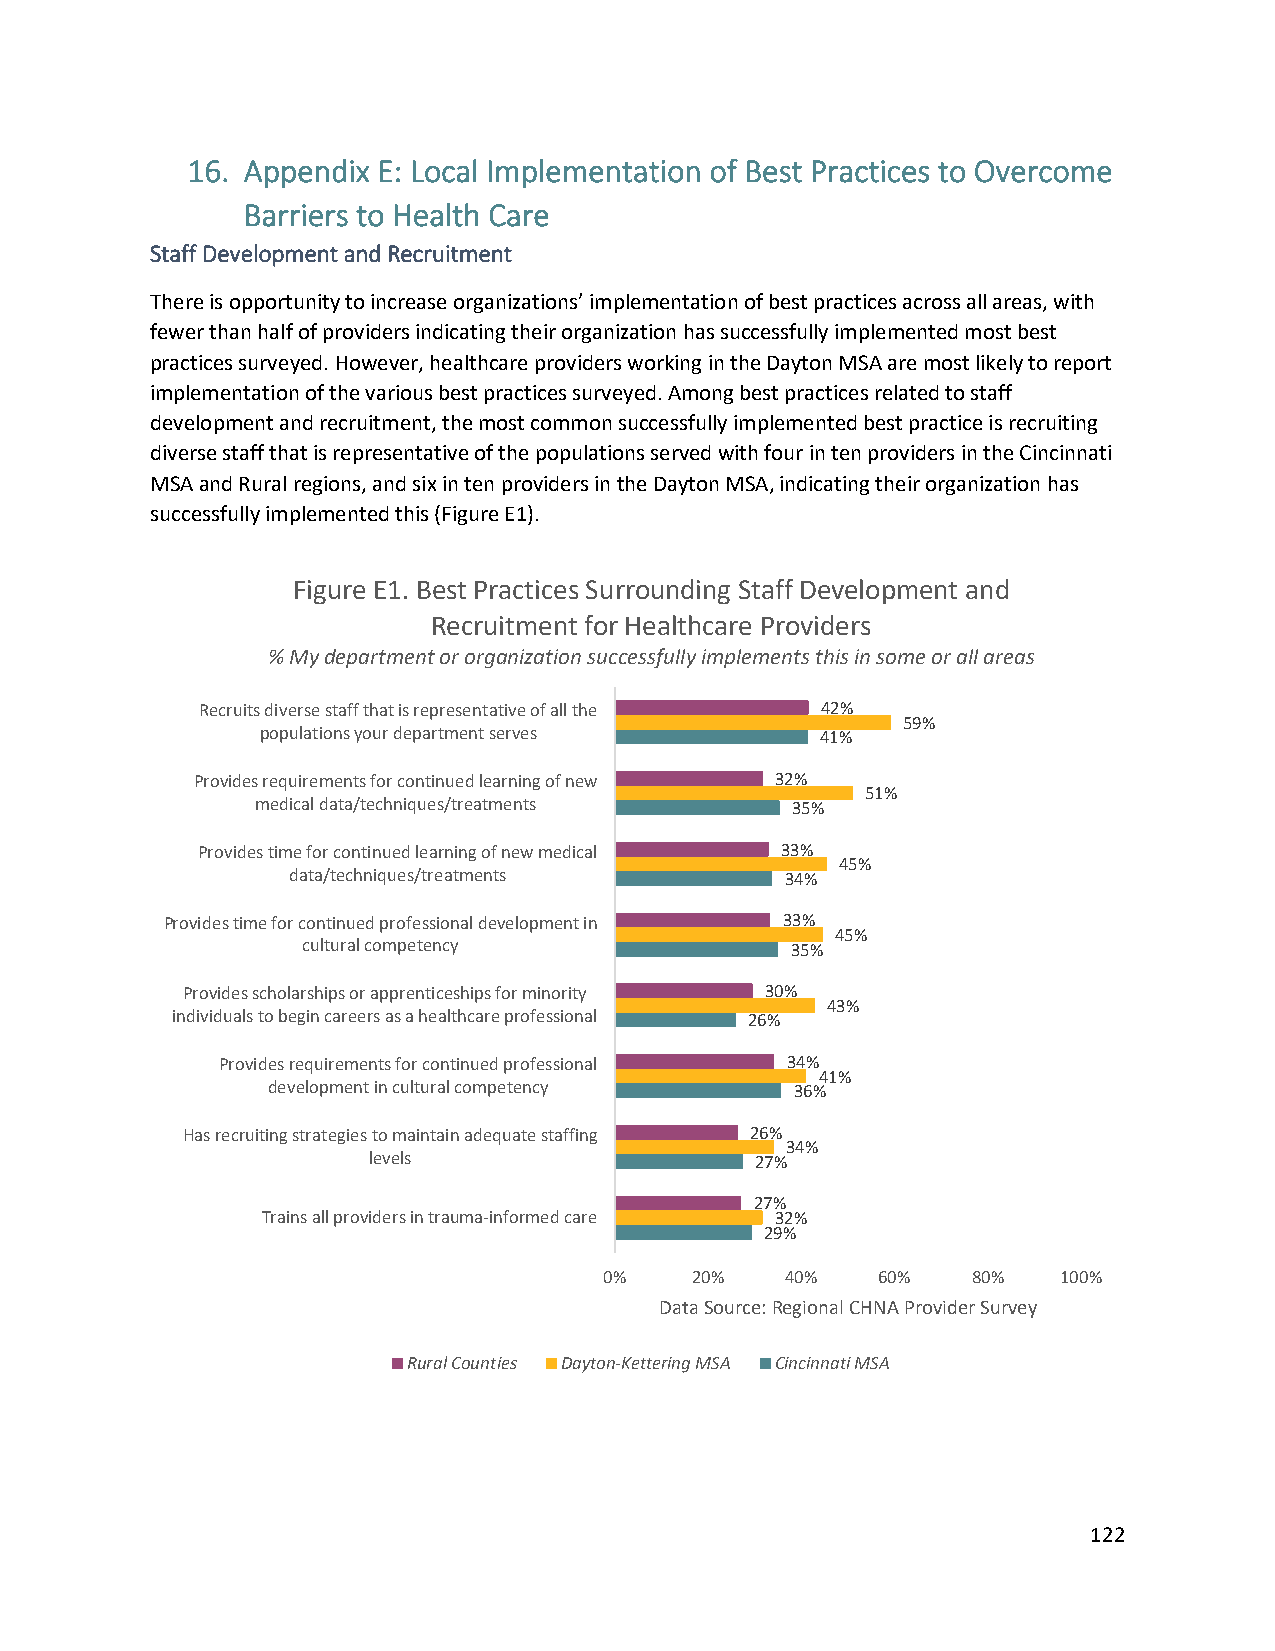
16. Appendix E: Local Implementation of Best Practices to Overcome
 Barriers to Health Care
 Staff Development and Recruitment
 There is opportunity to increase organizations’ implementation of best practices across all areas, with
 fewer than half of providers indicating their organization has successfully implemented most best
 practices surveyed. However, healthcare providers working in the Dayton MSA are most likely to report
 implementation of the various best practices surveyed. Among best practices related to staff
 development and recruitment, the most common successfully implemented best practice is recruiting
 diverse staff that is representative of the populations served with four in ten providers in the Cincinnati
 MSA and Rural regions, and six in ten providers in the Dayton MSA, indicating their organization has
 successfully implemented this (Figure E1).
 Figure E1. Best Practices Surrounding Staff Development and
 Recruitment for Healthcare Providers
 % My department or organization successfully implements this in some or all areas
 Recruits diverse staff that is representative of all the 42%
 59%
 populations your department serves   41%
 Provides requirements for continued learning of new 32%
 51%
 medical data/techniques/treatments 35%
 Provides time for continued learning of new medical 33%
 45%
 data/techniques/treatments       34%
 Provides time for continued professional development in 33%
 45%
 cultural competency             35%
 Provides scholarships or apprenticeships for minority 30%
 43%
 individuals to begin careers as a healthcare professional 26%
 Provides requirements for continued professional 34%
 41%
 development in cultural competency 36%
 Has recruiting strategies to maintain adequate staffing 26%
 34%
 levels                    27%
 27%
 Trains all providers in trauma-informed care 32%
 29%
 0%    20%   40%   60%   80%   100%
 Data Source: Regional CHNAProvider Survey
 Rural Counties Dayton-Kettering MSA Cincinnati MSA
 122